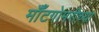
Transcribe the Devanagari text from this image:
मॉँटगोमरीच्या